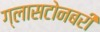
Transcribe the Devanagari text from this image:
ग्लासटोनबरी